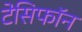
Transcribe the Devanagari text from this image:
टेसिफॉन